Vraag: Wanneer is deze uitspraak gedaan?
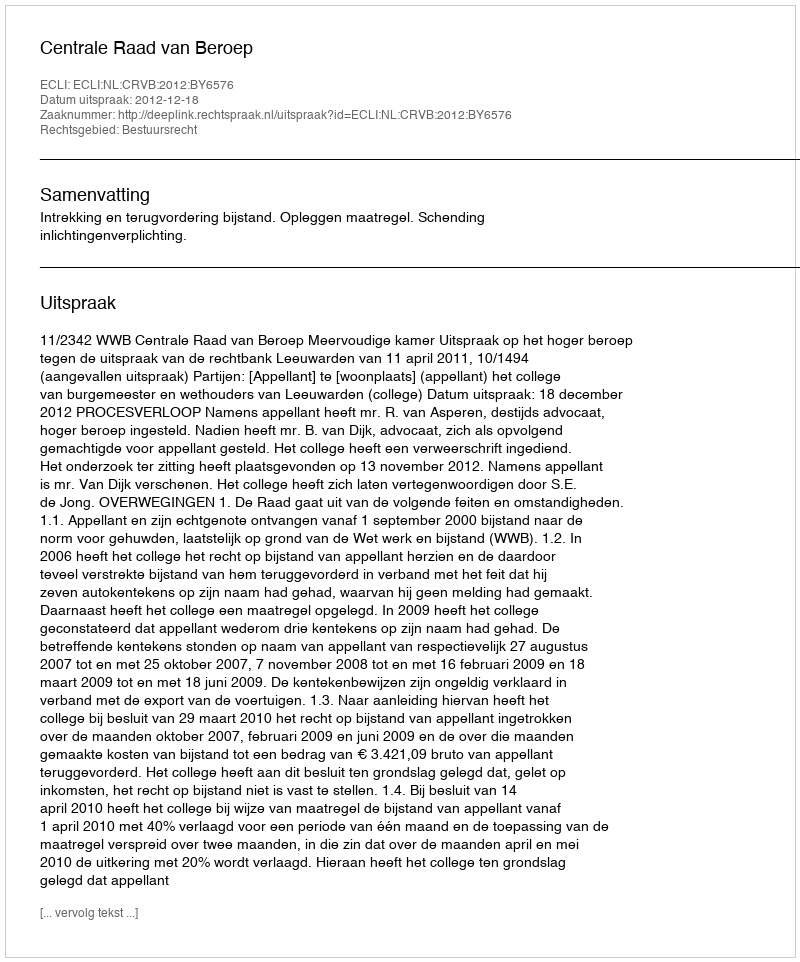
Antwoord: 2012-12-18